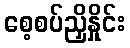
စေ့စပ်ညှိနှိုင်း